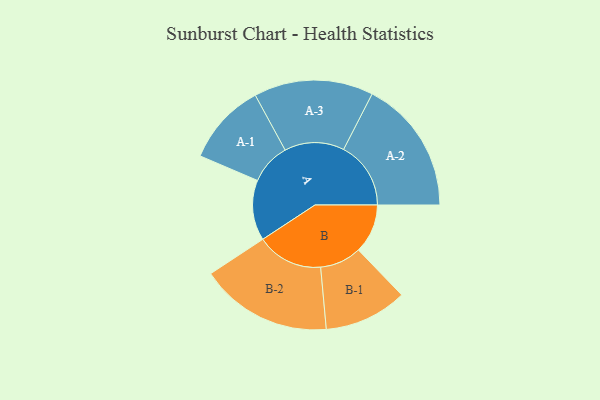
{"axis": {"x": "Segment", "y": "Value"}, "legend": ["", "A", "B"], "data": [{"x": "A", "y": 249, "type": ""}, {"x": "B", "y": 203, "type": ""}, {"x": "A-1", "y": 169, "type": "A"}, {"x": "A-2", "y": 277, "type": "A"}, {"x": "A-3", "y": 246, "type": "A"}, {"x": "B-1", "y": 171, "type": "B"}, {"x": "B-2", "y": 273, "type": "B"}]}